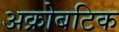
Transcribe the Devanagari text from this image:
अक्रोबटिक